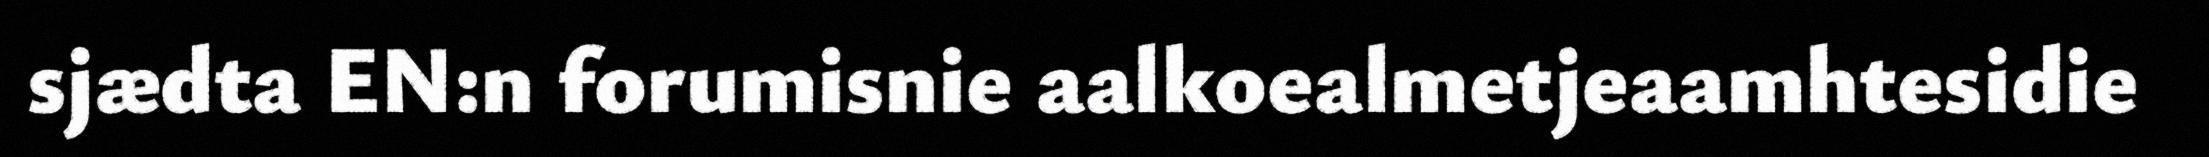
sjædta EN:n forumisnie aalkoealmetjeaamhtesidie